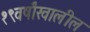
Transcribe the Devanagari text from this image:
१९वर्षांखालील